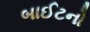
બાઈટનો